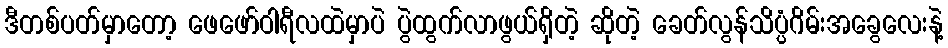
ဒီတစ်ပတ်မှာတော့ ဖေဖော်ဝါရီလထဲမှာပဲ ပွဲထွက်လာဖွယ်ရှိတဲ့ ဆိုတဲ့ ခေတ်လွန်သိပ္ပံဂိမ်းအခွေလေးနဲ့